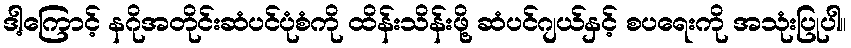
ဒါ့ကြောင့် နဂိုအတိုင်းဆံပင်ပုံစံကို ထိန်းသိန်းဖို့ ဆံပင်ဂျယ်နှင့် စပရေးကို အသုံးပြုပါ။